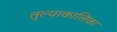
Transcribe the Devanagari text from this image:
तुल्याकालिका